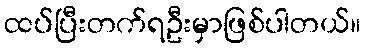
ထပ်ပြီးတက်ရဦးမှာဖြစ်ပါတယ်။